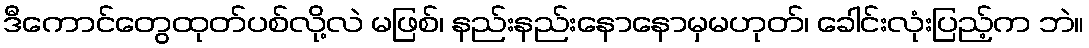
ဒီကောင်တွေထုတ်ပစ်လို့လဲ မဖြစ်၊ နည်းနည်းနောနောမှမဟုတ်၊ ခေါင်းလုံးပြည့်က ဘဲ။